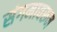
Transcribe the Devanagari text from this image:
संगमावरून